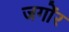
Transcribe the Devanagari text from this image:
जगोंर